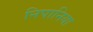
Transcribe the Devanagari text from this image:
निपानिया